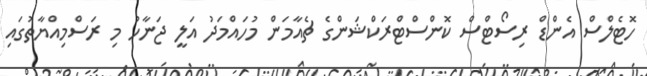
ހޮޓެލްސް އެންޑް ރިސޯޓްސް ކޮންސްޓްރަކްޝަންގެ ޗެއާމަން މުހައްމަދު އަލީ ޖަނާހު މި ރަސްމިއްޔާތުގައި